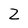
Character: Z